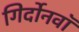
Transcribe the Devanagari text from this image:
गिर्दोनवाॅ